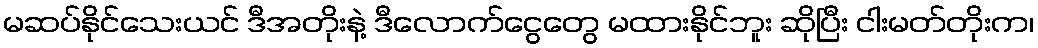
မဆပ်နိုင်သေးယင် ဒီအတိုးနဲ့ ဒီလောက်ငွေတွေ မထားနိုင်ဘူး ဆိုပြီး ငါးမတ်တိုးက၊